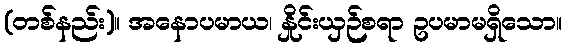
(တစ်နည်း)။ အနောပမာယ၊ နှိုင်းယှဉ်စရာ ဥပမာမရှိသော။